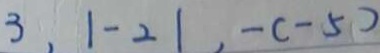
3 , \vert - 2 \vert , - ( - 5 )